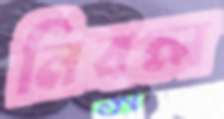
নিবল